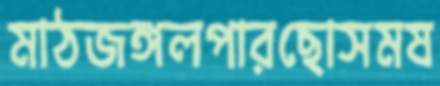
মাঠজঙ্গলপারছোসমষ